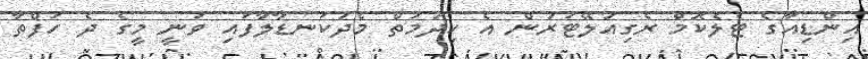
އިންޑިއާގެ ޓެލެކޮމް ރެގިއުލޭޓަރުން އެ ހިދުމަތް މެދުކަނޑާލާފައި ވަނީ މީގެ ދެ ހަފްތާ